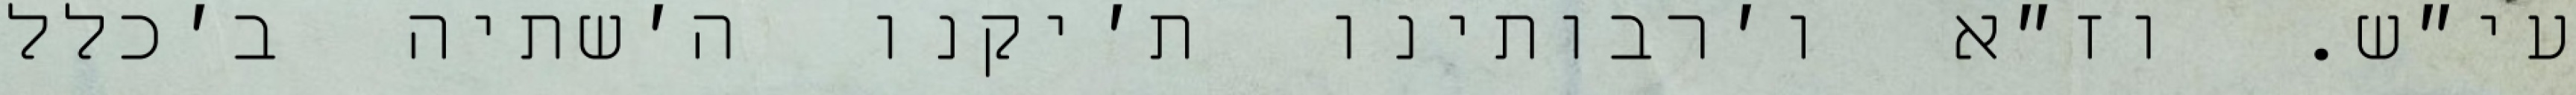
עי״ש. וז״א ו׳רבותינו ת׳יקנו ה׳שתיה ב׳כלל